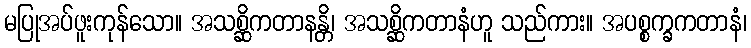
မပြုအပ်ဖူးကုန်သော။ အသစ္ဆိကတာနန္တိ၊ အသစ္ဆိကတာနံဟူ သည်ကား။ အပစ္စက္ခကတာနံ၊